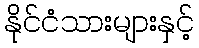
နိုင်ငံသားများနှင့်